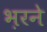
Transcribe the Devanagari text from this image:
भ़रने